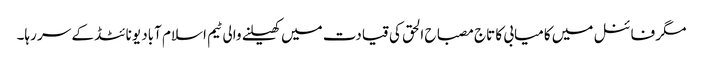
مگر فائنل میں کامیابی کا تاج مصباح الحق کی قیادت میں کھیلنے والی ٹیم اسلام آباد یونائٹڈ کے سر رہا۔